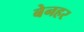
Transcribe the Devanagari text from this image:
बेनहर